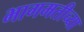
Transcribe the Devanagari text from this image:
भागमतीच्या